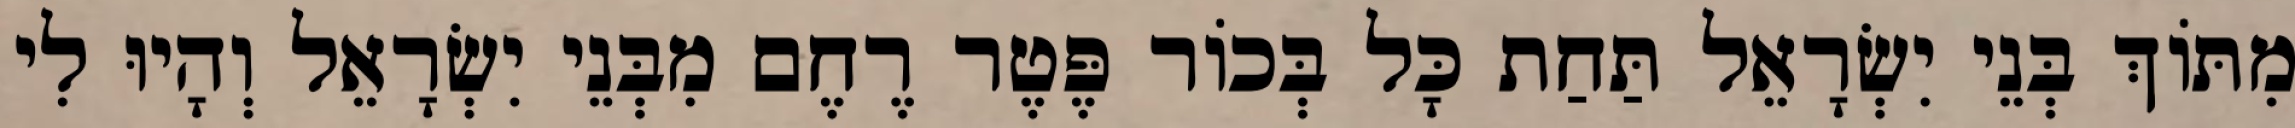
מִתּוֹךְ בְּנֵי יִשְׂרָאֵל תַּחַת כָּל בְּכוֹר פֶּטֶר רֶחֶם מִבְּנֵי יִשְׂרָאֵל וְהָיוּ לִי